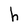
Character: h